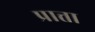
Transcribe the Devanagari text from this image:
प्रात्ता